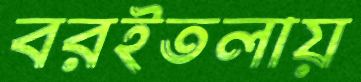
বরইতলায়